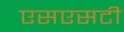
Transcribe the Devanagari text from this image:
एसएसटी